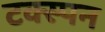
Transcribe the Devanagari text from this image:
टक्स्पन